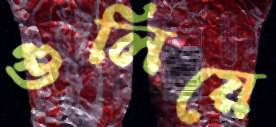
গুলিয়ে